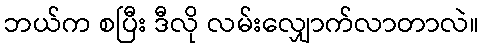
ဘယ်က စပြီး ဒီလို လမ်းလျှောက်လာတာလဲ။